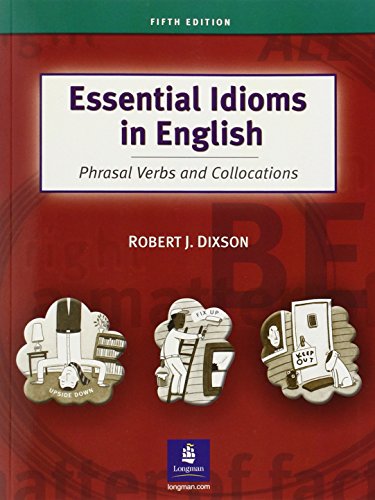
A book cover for Essential Idioms in English: Phrasal Verbs and Collocations; Robert J. Dixson; Reference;